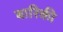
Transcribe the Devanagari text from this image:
बारिकी